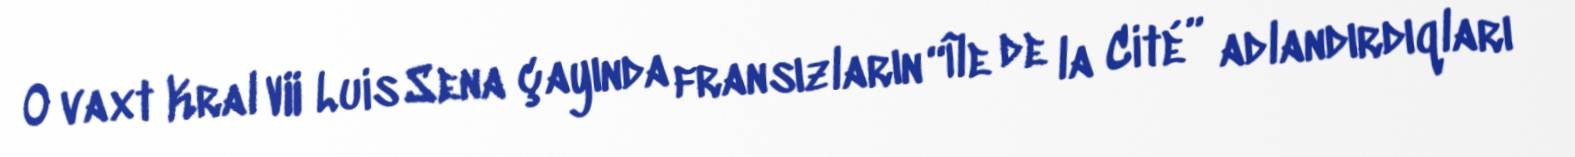
O vaxt Kral VII Luis Sena çayında fransızların “Île de la Cité” adlandırdıqları